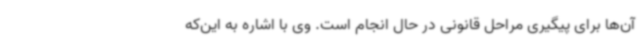
آن‌ها برای پیگیری مراحل قانونی در حال انجام است. وی با اشاره به این‌که